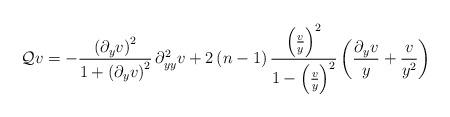
LaTeX: \begin{align*}\mathcal{Q}v=-\frac{\left(\partial_{y}v\right)^{2}}{1+\left(\partial_{y}v\right)^{2}}\,\partial_{yy}^{2}v+2\left(n-1\right)\frac{\left(\frac{v}{y}\right)^{2}}{1-\left(\frac{v}{y}\right)^{2}}\left(\frac{\partial_{y}v}{y}+\frac{v}{y^{2}}\right)\end{align*}